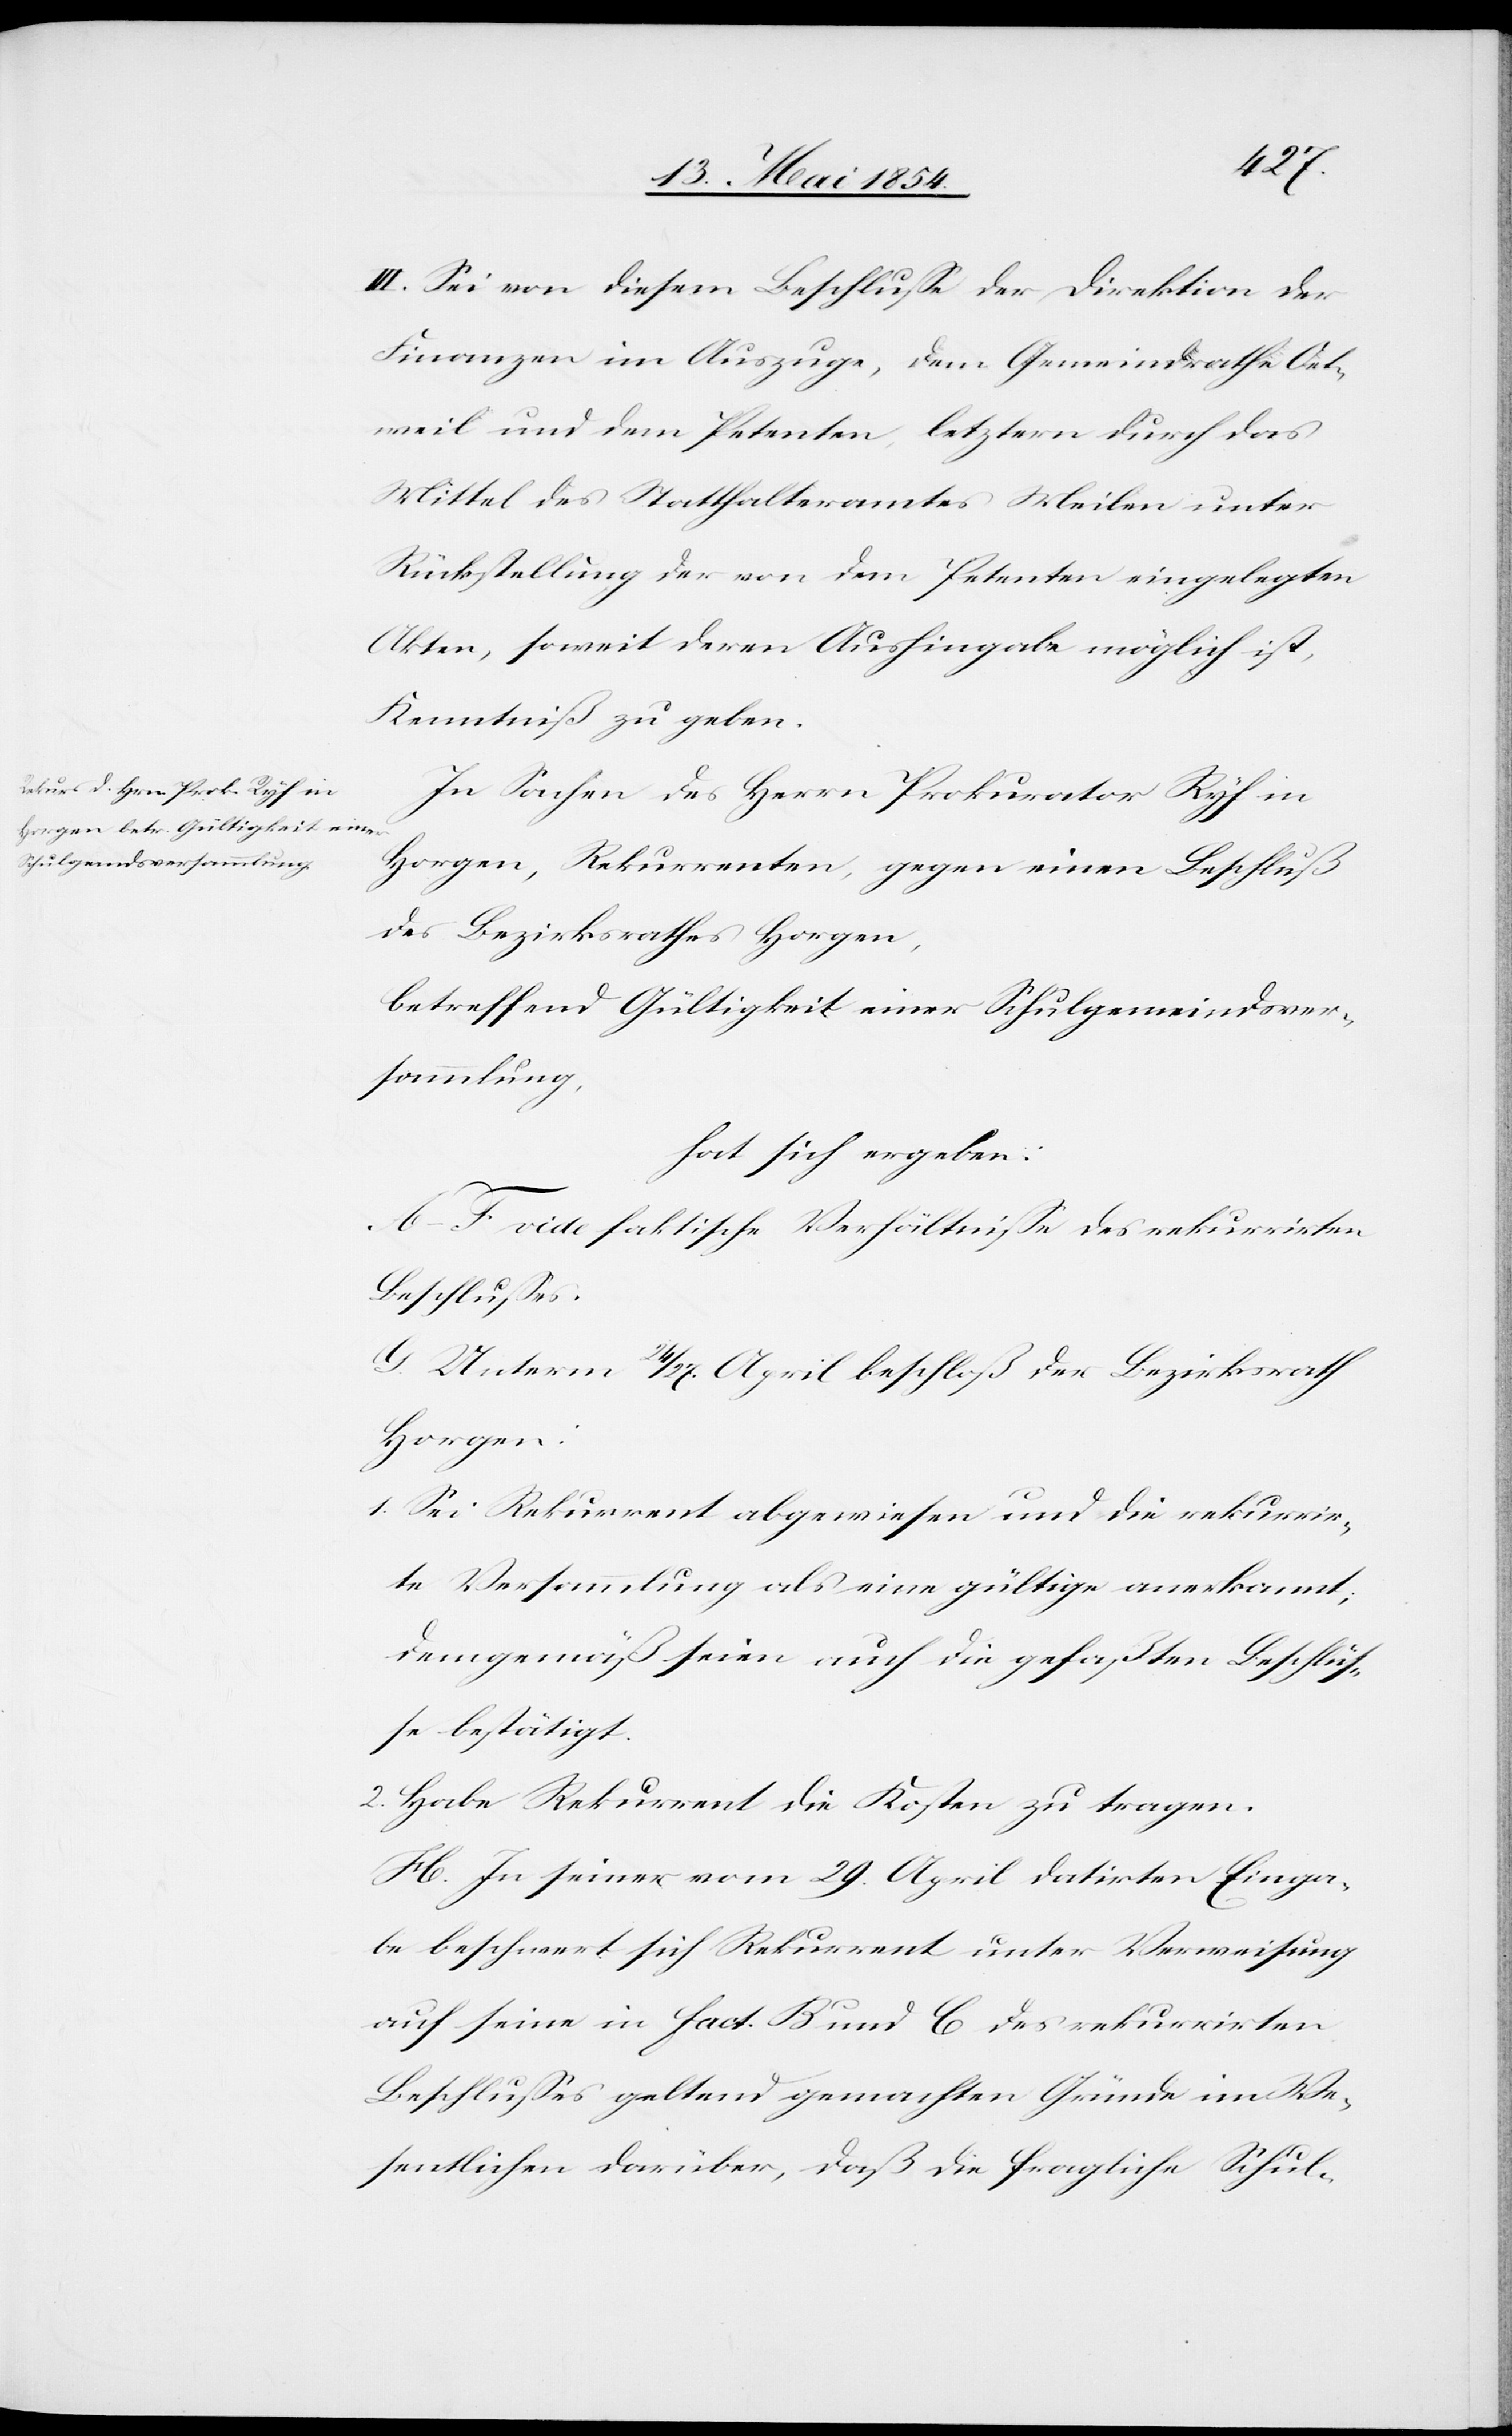
III. Sei von diesem Beschluße der Direktion der
Finanzen im Auszuge, dem Gemeindrathe Oet¬
weil und dem Petenten, letztern durch das
Mittel des Statthalteramtes Meilen unter
Rückstellung der von dem Petenten eingelegten
Akten, soweit deren Aushingabe möglich ist,
Kenntniß zu geben.
In Sachen des Herrn Prokurator Ryf in
Horgen, Rekurrenten, gegen einen Beschluß
des Bezirksrathes Horgen,
betreffend Gültigkeit einer Schulgemeindsver¬
sammlung,
hat sich ergeben:
A.–F. vide faktische Verhältniße des rekurrirten
Beschlußes.
G. Unterm 24/27. April beschloß der Bezirksrath
Horgen:
1. Sei Rekurrent abgewiesen und die rekurrir¬
te Versammlung als eine gültige anerkannt;
demgemäß seien auch die gefaßten Beschlüß¬
e bestätigt.
2. Habe Rekurrent die Kosten zu tragen.
H. In seiner vom 29. April datirten Einga¬
be beschwert sich Rekurrent unter Verweisung
auf seine in fact. B und C des rekurrirten
Beschlußes geltend gemachten Gründe im We¬
sentlichen darüber, daß die fragliche Schul-